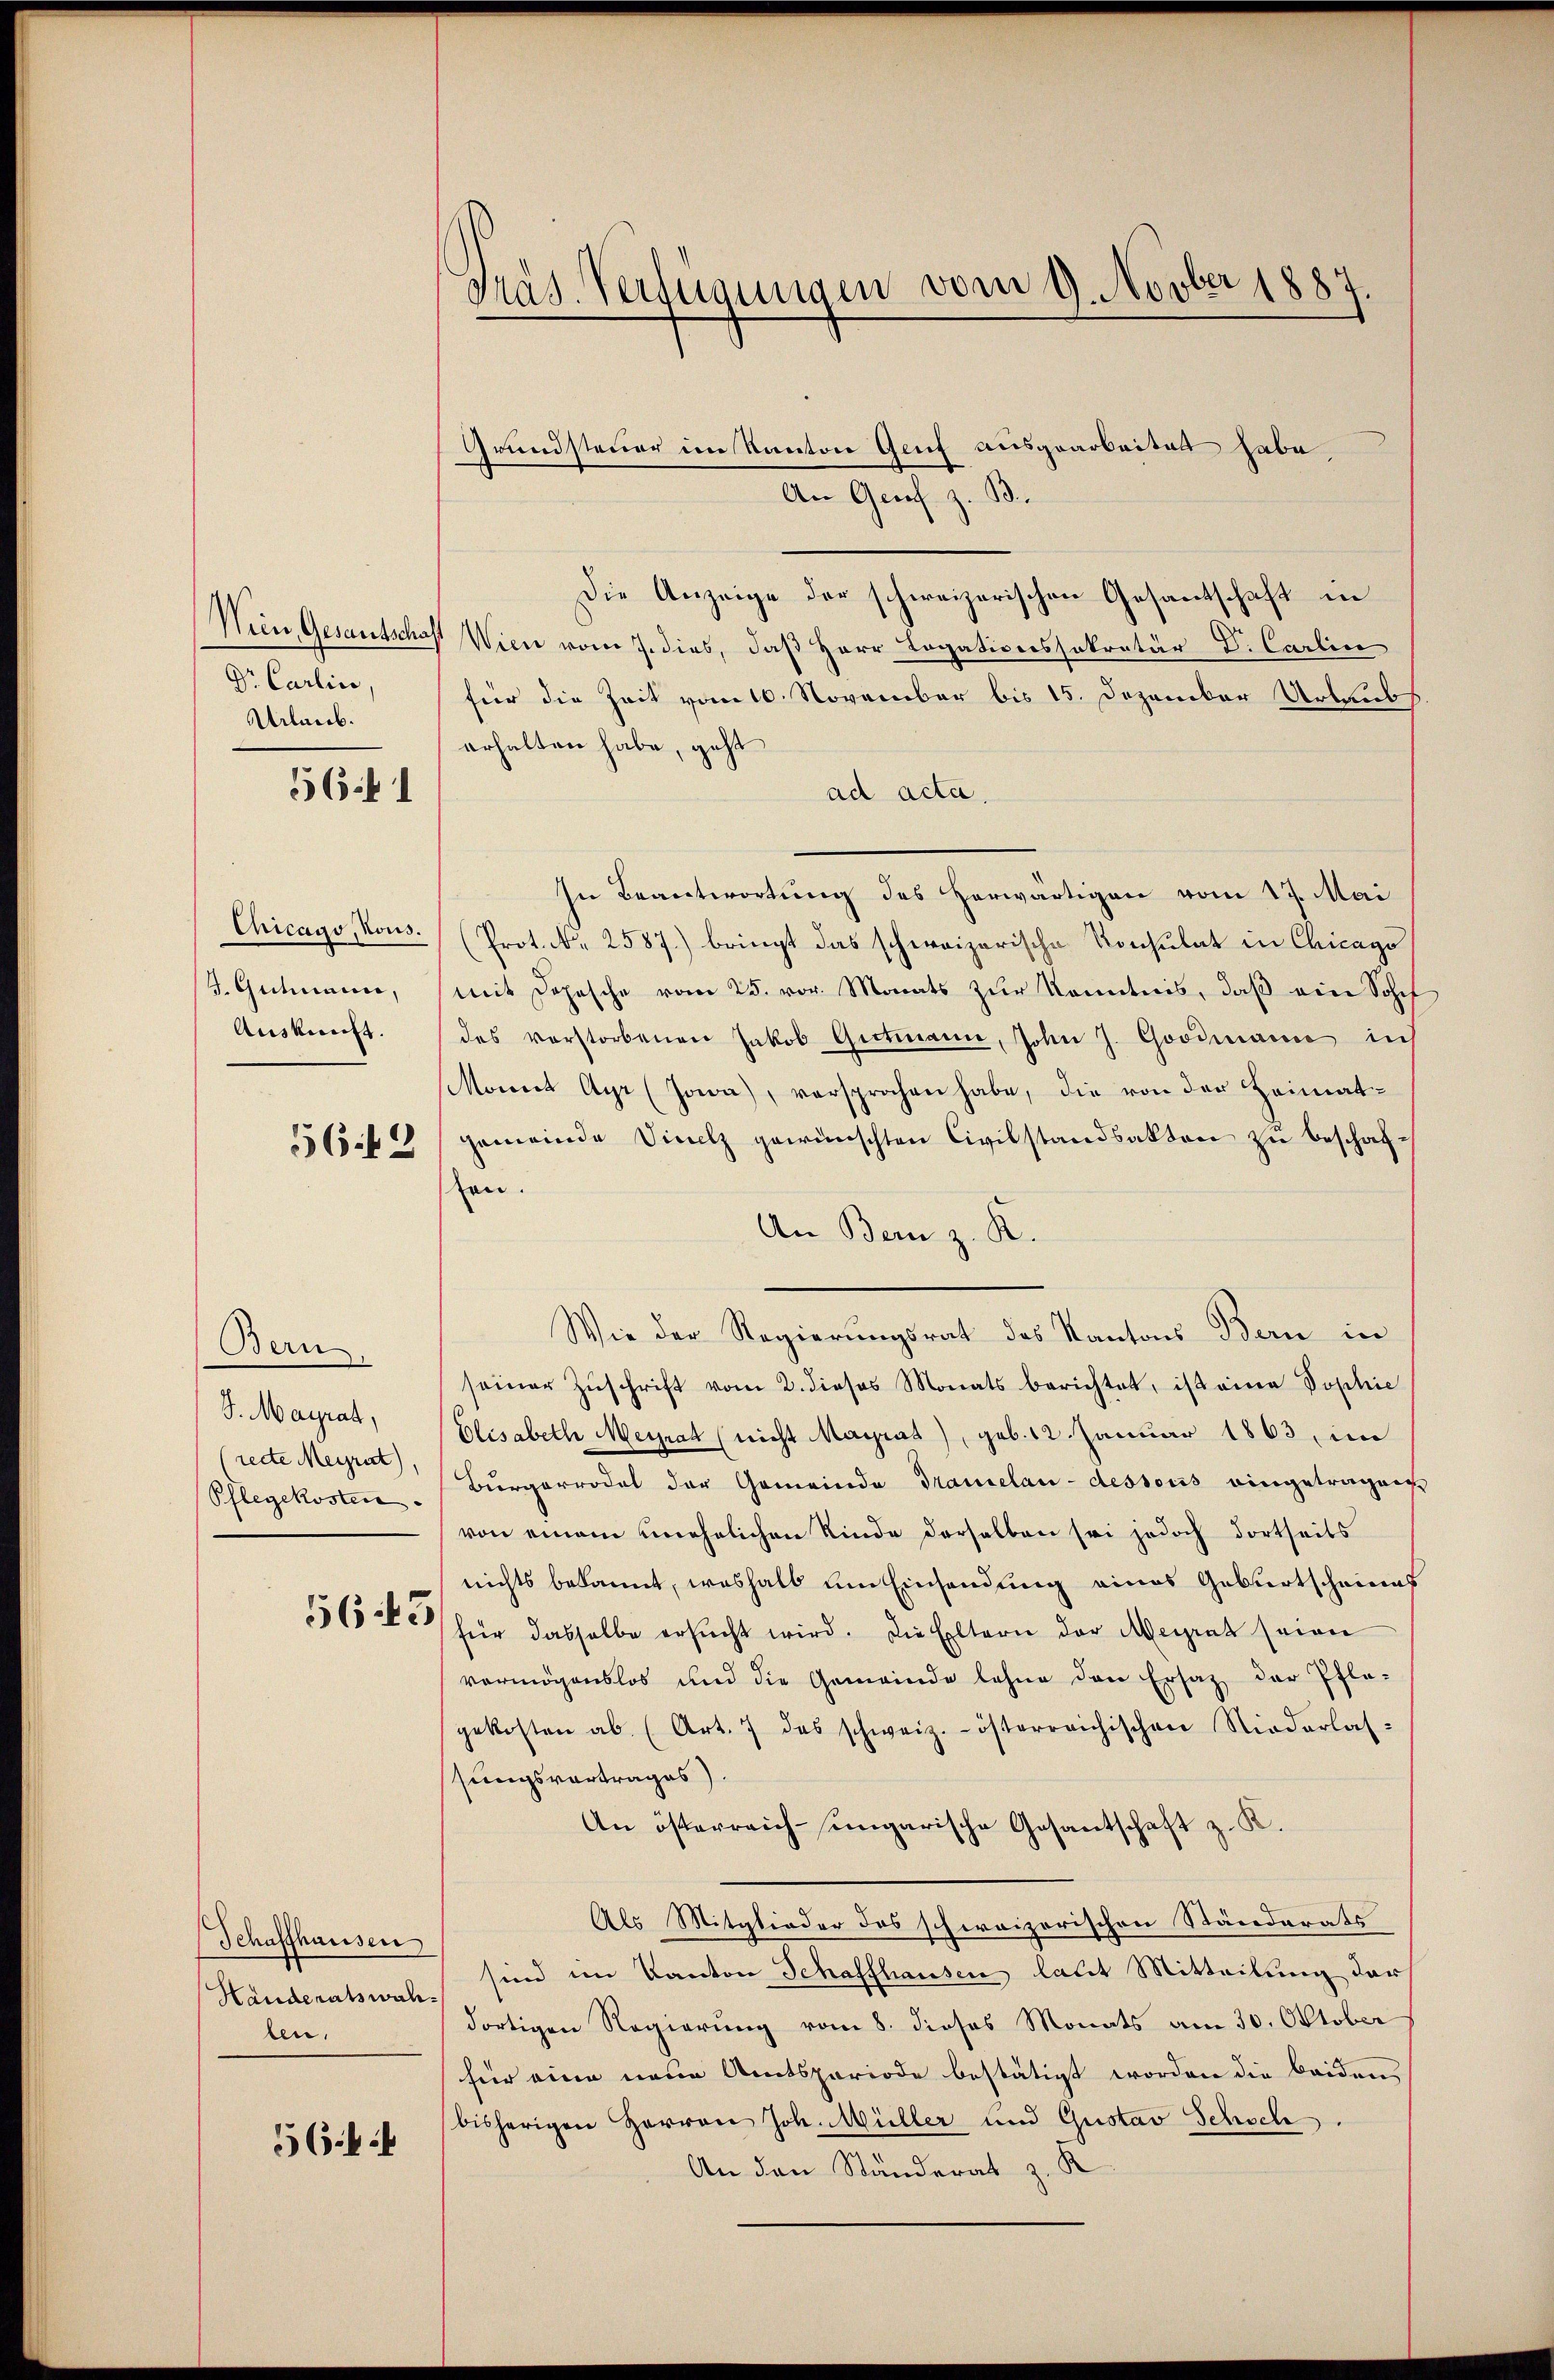
Wien, Gesandtschaft
Dr. Carlin,
Urlaub.

56. 1

Chicago, Nous.
J. Gutmann,
Auskunft.

56 f 2

Bern
S. Maÿrat,
(recte Meyrat),
Pflegekosten.

565

Schaffhausen
Handeratswahben,

56. 4

Präs. Verfügungen vom 9. Novber 1887.

Grundsteuer im Kanton Genf ausgearbeitet habe.
An Genf z. B.
Die Anzeige der schweizerischen Gesantschaft in
Wien vom 7. dies, daß Herr Legationssakretär D. Carlin
für die Zeit vom 10. November bis 15. Dezember Urlaubs
erhalten habe, geht
ad acta.
In Beantwortung des herwärtigen vom 17. Mai
(Prot. N. 2587.) bringt das schweizerische Konsulat in Chicago
mit Depesche vom 25. vor. Monats zur Kenntnis, daß ein Sohnf
des vorstorbenen Jakob Gertmann, John J. Goodiaire ins
Moweit Ayr (Joeva), versprochen habe, die von der Heimatgemeinde Vicelz gewünschten Civilstandsakten zu beschaften.
An Bern z. R.
Wie der Regierungsrat des Kantons Bern in
seiner Zŭschrift vom 2. dieses Monats berichtet, ist eine Sophie
Elisabeth Meyrat (nicht Mayrat), geb. 12. Januar 1863, im
Burgerrodel der Gemeinde Tramelau-dessoris eingetragung
von einem unehelichen Kinde derselben sei jedoch dortseits
nichts bekannt, weshalb um Einsendung eines Geburtscheines
für dasselbe ersŭcht wird. Die Eltern der Meirat seien
vermögenslos und die Gemeinde lehne den Ersatz der Pfle-
gekosten ab. (Art. 7 das schweiz.- österreichischen Niederlas-
sungsvortrages).
An österreich-ungarische Gesantschaft z. K.
Als Mitglieder des schweizerischen Ständerats
sind im Kanton Schaffhausen laut Mitteilung der
dortigen Regierung vom 8. dieses Monats am 30. Oktober
für eine neue Amtsperiode bestätigt worden die beiden,
bisherigen Herren Joh. Müller und Gustav Schsch
An den Ständerat z. K